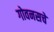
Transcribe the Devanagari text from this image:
गोवनसचे